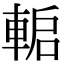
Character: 𨌋